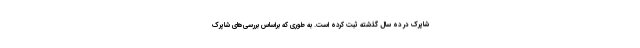
شاپرک در ده سال گذشته ثبت کرده است. به طوری که براساس بررسی‌های شاپرک